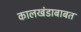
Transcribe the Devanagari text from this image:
कालखंडाबाबत